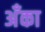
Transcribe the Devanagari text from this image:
अँका